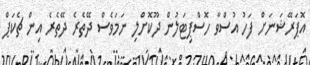
އޮޕަރޭޝަނަށް ފަހު އުސްވާ ހޮސްޕިޓަލުން ދޫކޮށްލި ނަމަވެސް ދޭތެރެ ދޭތެރެ އިން ޗެކަޕް